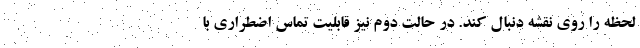
لحظه را روی نقشه دنبال کند. در حالت دوم نیز قابلیت تماس اضطراری با